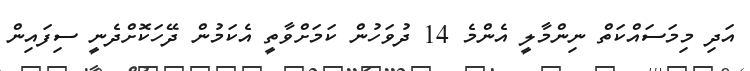
އަދި މިމަސައްކަތް ނިންމާލީ އެންމެ 14 ދުވަހުން ކަމަށްވާތީ އެކަމުން ދޭހަކޮށްދެނީ ސިފައިން